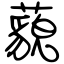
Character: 藐